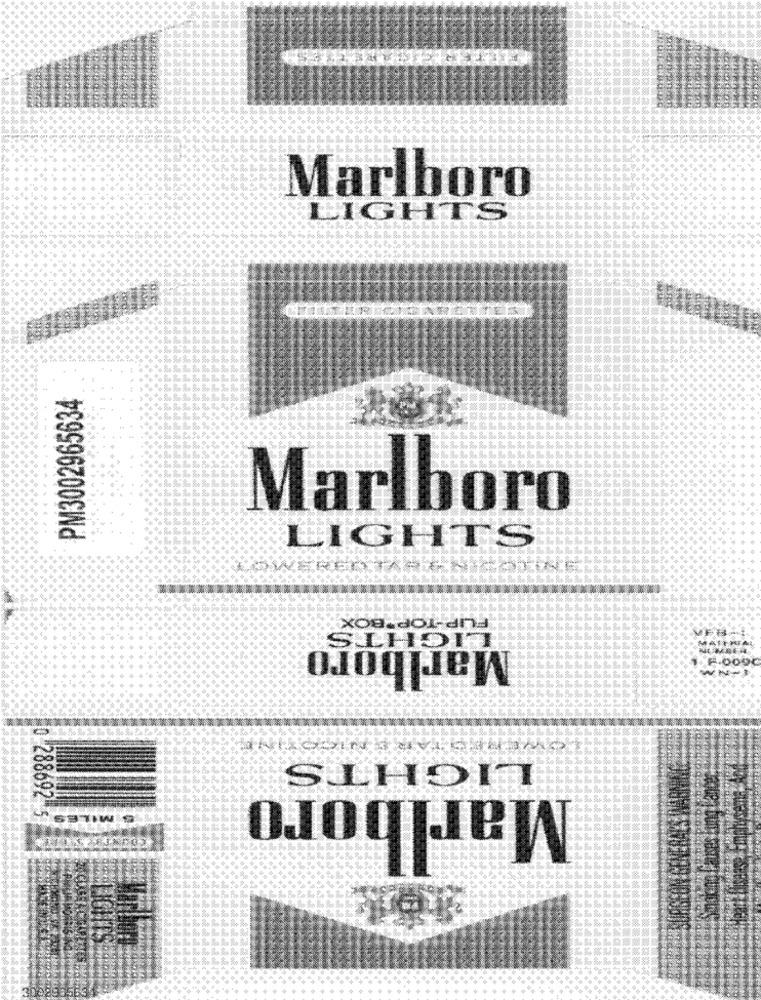
Marlboro
LIGHTS
PM3002965634
Marlboro
LIGHTS
FLIP-TOP BOX
Marlboro
SIHOF
LIGHTS
Marlboro
MILES!
0-288692 5